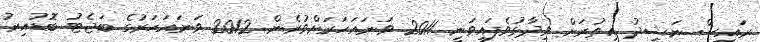
ރައީސް ނަޝީދު އިތުރަށް ވިދާޅުވެފައިވަނީ 2011 ވަނައަހަރަށްވުރެން 2012 ވަނައަހަރުގެ ބަޖެޓު ބޮޑުއިރު